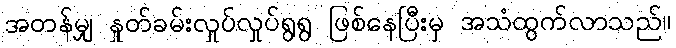
အတန်မျှ နှုတ်ခမ်းလှုပ်လှုပ်ရွရွ ဖြစ်နေပြီးမှ အသံထွက်လာသည်။